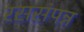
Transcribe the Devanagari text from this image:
रससंपन्न